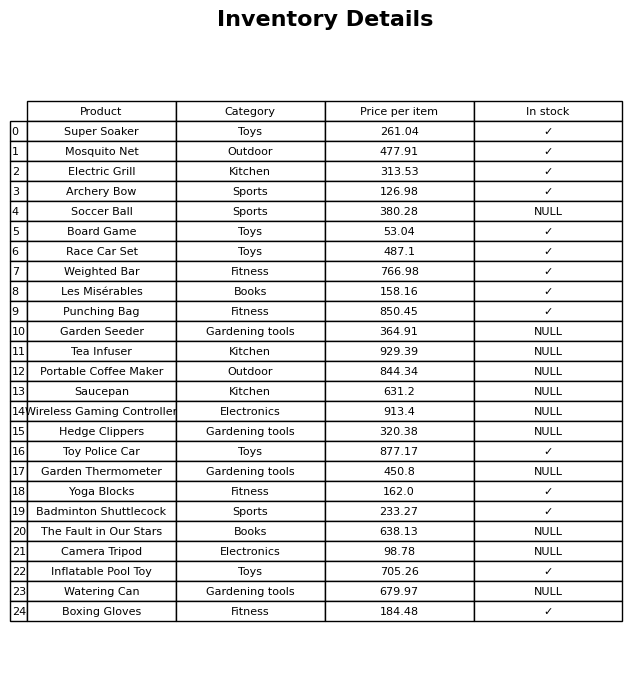
question: What is the price of the Mosquito Net?
answer: The price of Mosquito Net is 477.91.